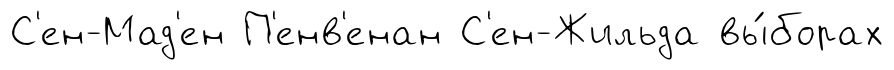
С'ен-Мад'ен П'енв'енан С'ен-Жильда вы́борах